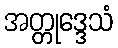
အတ္တုဒ္ဒေသံ